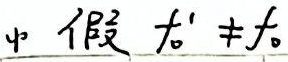
中假设 \(f_{o}' \neq f_{o}\)